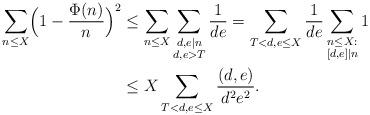
LaTeX: \begin{align*}\sum_{n \le X} \Bigl(1- \frac{\Phi(n)}n \Bigr)^2 &\le \sum_{n \le X} \sum_{\substack{d,e \mid n \\ d,e > T}} \frac1{de} = \sum_{T < d,e \le X} \frac1{de} \sum_{\substack{n \le X: \\ [d,e]\mid n}}1 \\& \le X \sum_{T < d,e \le X} \frac{(d,e)}{d^2e^2}.\end{align*}